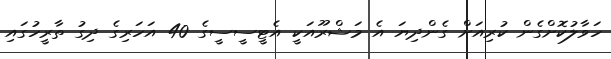
ހަވާލުކޮށްގެން ކުރިއަށް ގެންދިޔަ އެ މަޝްރޫއަކީ އެޓީސީސީގެ 40 އަހަރިގެ ދިގު ތާރީހުގައި